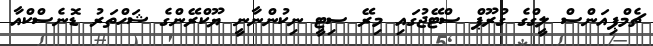
ޗެމްޕިއަންސް ލީގްގެ ގުރޫޕް ސްޓޭޖުގައި މިރޭ ސިޓީ ނިކުންނާނީ ޔޫކްރޭންގެ ޝަހްތަރު ޑޮނެސްކްއާ